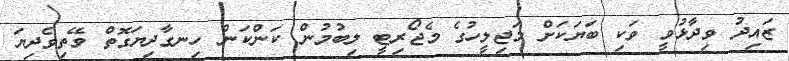
ޒައިދު ވިދާޅުވީ ވަކި ބަޔަކަށް މަޖިލީހުގެ މެޖޯރިޓީ ލިބުމުން ކަންކަން ހިނގާދިޔަގޮތް ވޭތިވެދިޔަ